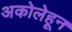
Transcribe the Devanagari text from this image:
अकोलेहून